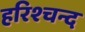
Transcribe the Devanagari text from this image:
हरिश्चन्द